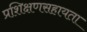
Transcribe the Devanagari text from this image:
प्रशिक्षणसहायता